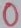
Text: 0